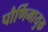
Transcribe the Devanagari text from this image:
पौर्णिमायुक्त